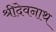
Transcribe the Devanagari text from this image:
श्रीदेवनाथ